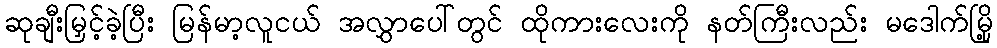
ဆုချီးမြှင့်ခဲ့ပြီး မြန်မာ့လူငယ် အလွှာပေါ်တွင် ထိုကားလေးကို နတ်ကြီးလည်း မဒေါက်မြို့